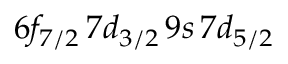
6 f _ { 7 / 2 } \, 7 d _ { 3 / 2 } \, 9 s \, 7 d _ { 5 / 2 }